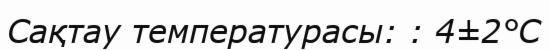
Сақтау температурасы: : 4±2°С